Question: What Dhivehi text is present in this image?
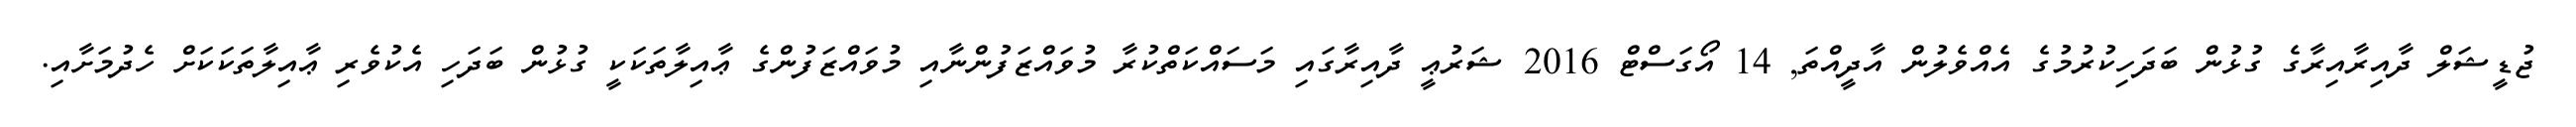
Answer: ޖުޑީޝަލް ދާއިރާއިރާގެ ގުޅުން ބަދަހިކުރުމުގެ އެއްވެލުން އާދީއްތަ, 14 އޯގަސްޓް 2016 ޝަރުޢީ ދާއިރާގައި މަސައްކަތްކުރާ މުވައްޒަފުންނާއި މުވައްޒަފުންގެ ޢާއިލާތަކަކީ ގުޅުން ބަދަހި އެކުވެރި ޢާއިލާތަކަކަށް ހެދުމަށާއި.